Indian journal of veterinary science and animal husbandry - Volume 4,
Year: 1934
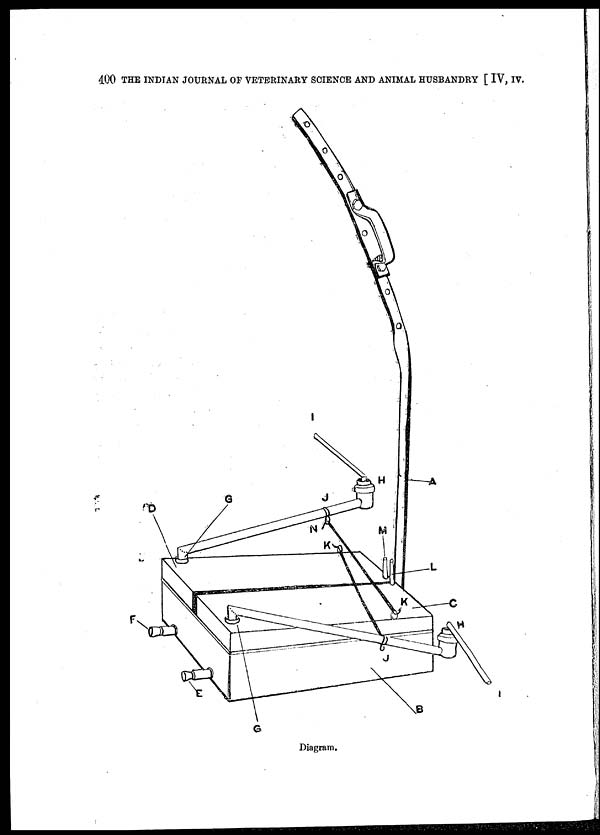
400 THE INDIAN JOURNAL OF VETERINARY SCIENCE AND ANIMAL HUSBANDRY [ IV, IV.
Diagram.